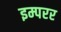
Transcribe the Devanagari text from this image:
इम्परर